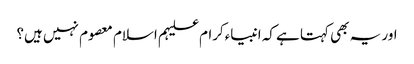
اور یہ بھی کہتا ہے کہ انبیاءکرام علیہم اسلام معصوم نہیں ہیں؟